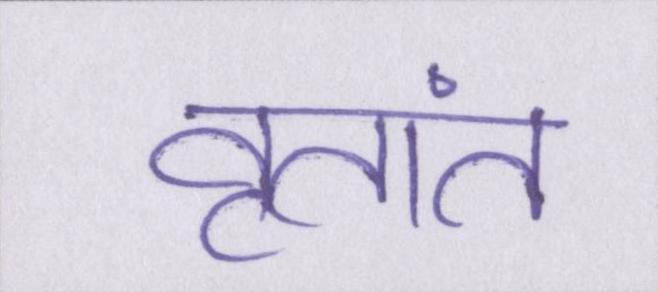
वृतांत